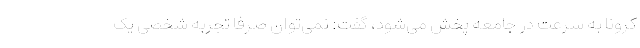
کرونا به سرعت در جامعه پخش می‌شود، گفت: نمی‌توان صرفا تجربه شخصی یک